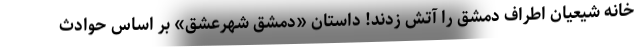
خانه شیعیان اطراف دمشق را آتش زدند! داستان «دمشق شهرعشق» بر اساس حوادث